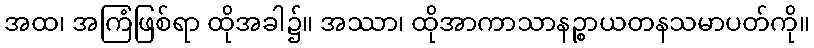
အထ၊ အကြံဖြစ်ရာ ထိုအခါ၌။ အဿာ၊ ထိုအာကာသာနဉ္စာယတနသမာပတ်ကို။